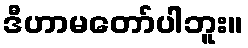
ဒီဟာမတော်ပါဘူး။